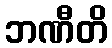
ဘဏီတိ